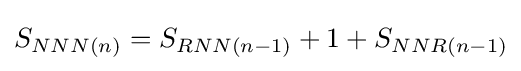
S_{NNN(n)}=S_{RNN(n-1)}+1+S_{NNR(n-1)}